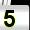
Digit: 5